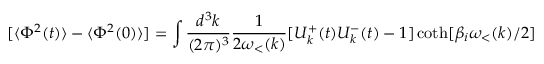
[ \langle \Phi ^ { 2 } ( t ) \rangle - \langle \Phi ^ { 2 } ( 0 ) \rangle ] = \int \frac { d ^ { 3 } k } { ( 2 \pi ) ^ { 3 } } \frac { 1 } { 2 \omega _ { < } ( k ) } [ { \cal { U } } _ { k } ^ { + } ( t ) { \cal { U } } _ { k } ^ { - } ( t ) - 1 ] \coth [ \beta _ { i } \omega _ { < } ( k ) / 2 ]